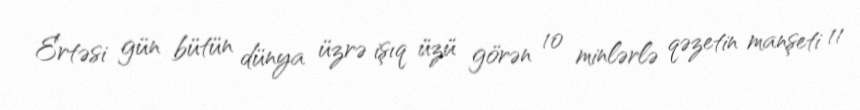
Ertəsi gün bütün dünya üzrə işıq üzü görən 10 minlərlə qəzetin manşeti 11